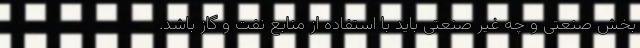
بخش صنعتی و چه غیر صنعتی باید با استفاده از منابع نفت و گاز باشد.